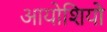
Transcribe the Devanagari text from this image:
आयोशियो